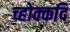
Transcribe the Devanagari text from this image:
च्होक्कदि